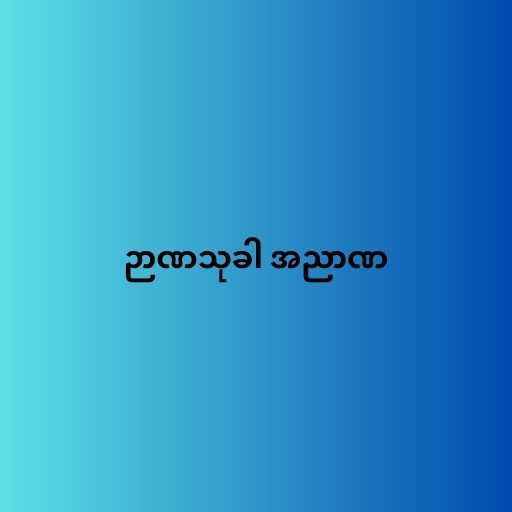
ဉာဏသုခါ အညာဏ